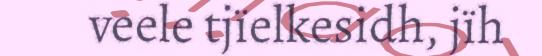
veele tjïelkesidh, jïh